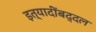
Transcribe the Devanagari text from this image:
इत्यादींबद्दल